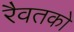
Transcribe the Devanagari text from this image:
रैवतको